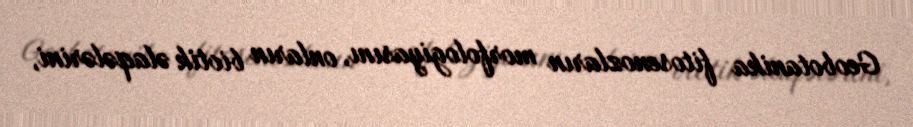
Geobotanika fitosenozların morfologiyasını, onların biotik əlaqələrini,